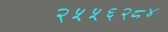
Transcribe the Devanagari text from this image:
२५५६२८४